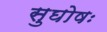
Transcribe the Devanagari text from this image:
सुघोषः